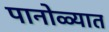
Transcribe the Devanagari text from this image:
पानोळ्यात